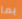
بما